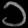
Digit: ၁